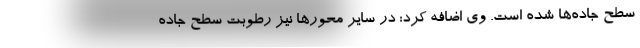
سطح جاده‌ها شده است. وی اضافه کرد: در سایر محورها نیز رطوبت سطح جاده